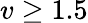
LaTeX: v\geq 1.5